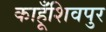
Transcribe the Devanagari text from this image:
काहूँशिवपुर